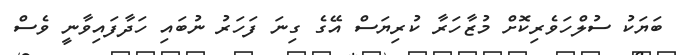
ބަޔަކު ސުލްހަވެރިކޮށް މުޒާހަރާ ކުރިޔަސް އޭގެ ގިނަ ފަހަރު ނުބައި ހަދާފައިވާނީ ވެސް